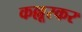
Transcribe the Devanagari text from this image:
कल्लूरकर